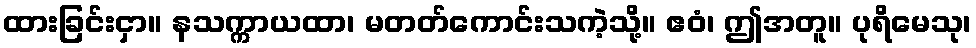
ထားခြင်းငှာ။ နသက္ကာယထာ၊ မတတ်ကောင်းသကဲ့သို့။ ဧဝံ၊ ဤအတူ။ ပုရိမေသု၊